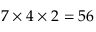
7 \times 4 \times 2 = 5 6